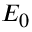
\scriptstyle { E _ { 0 } }